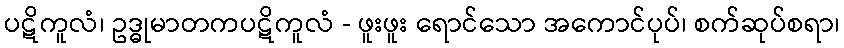
ပဋိကူလံ၊ ဥဒ္ဓုမာတကပဋိကူလံ - ဖူးဖူး ရောင်သော အကောင်ပုပ်၊ စက်ဆုပ်စရာ၊